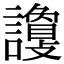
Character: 𧭦